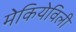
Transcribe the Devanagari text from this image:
मेकियेविली